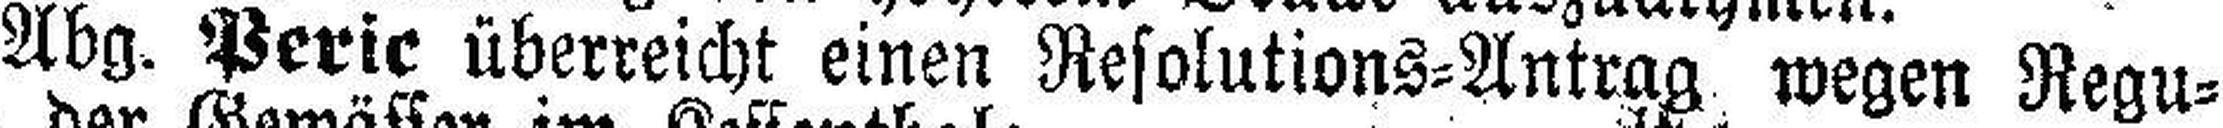
Abg. Peric überreicht einen Resolutions=Antrag wegen Regu¬